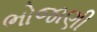
ભોજાણી